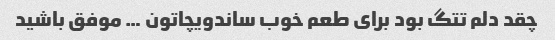
چقد دلم تتگ بود برای طعم خوب ساندویچاتون … موفق باشید